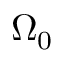
\Omega _ { 0 }